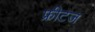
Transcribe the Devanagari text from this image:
फ्रीटज